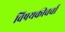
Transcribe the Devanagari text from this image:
विषयकीचर्चा